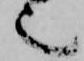
也